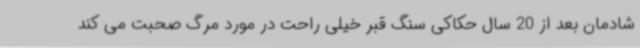
شادمان بعد از 20 سال حکاکی سنگ قبر خیلی راحت در مورد مرگ صحبت می کند